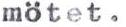
mötet.